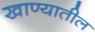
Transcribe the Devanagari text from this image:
खाण्यातील